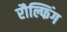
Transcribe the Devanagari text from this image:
रौल्फिंग